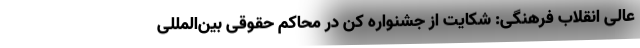
عالی انقلاب فرهنگی: شکایت از جشنواره کن در محاکم حقوقی بین‌المللی